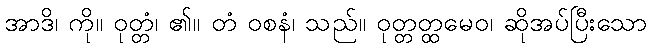
အာဒိ၊ ကို။ ဝုတ္တံ၊ ၏။ တံ ဝစနံ၊ သည်။ ဝုတ္တတ္ထမေဝ၊ ဆိုအပ်ပြီးသော